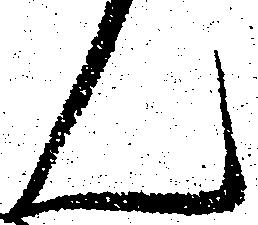
ん